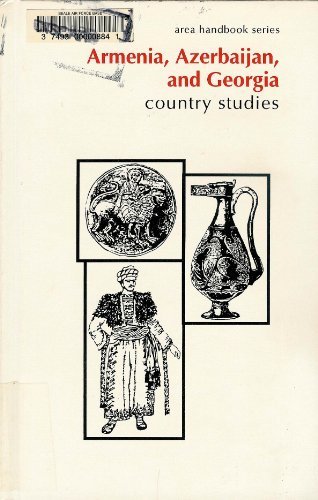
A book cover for Armenia, Azerbaijan, and Georgia Country Studies (Area Handbook Series); Glenn E. Curtis; Travel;